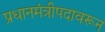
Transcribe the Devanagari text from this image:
प्रधानमंत्रीपदावरून